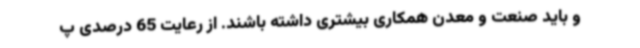
و باید صنعت و معدن همکاری بیشتری داشته باشند. از رعایت 65 درصدی پ